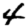
Digit: 4